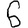
Digit: 6